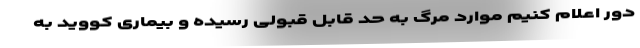
دور اعلام کنیم موارد مرگ به حد قابل قبولی رسیده و بیماری کووید به